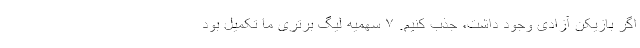
اگر بازیکن آزادی وجود داشت، جذب کنیم. ٧ سهمیه لیگ برتری ما تکمیل بود